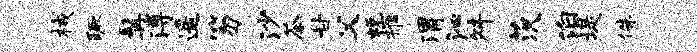
械蹶髯溥遥笏沙茶甘父蜕摧渭沁舛茨泊堤侏